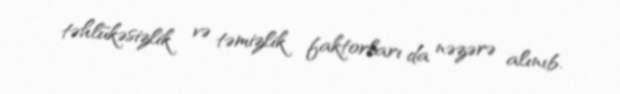
təhlükəsizlik və təmizlik faktorları da nəzərə alınıb.